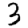
Digit: 3